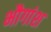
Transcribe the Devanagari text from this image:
भौगांश